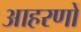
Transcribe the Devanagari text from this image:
आहरणों